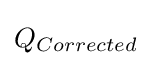
Q_{Corrected}\,\!